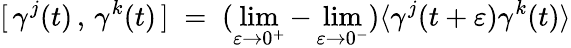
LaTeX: [\, \gamma^{j}(t)\, ,\, \gamma^{k}(t)\, ]\; =\; (\operatorname*{lim}_{\varepsilon\to 0^{+}}-\operatorname*{lim}_{\varepsilon\to 0^{-}})\langle\gamma^{j}(t+\varepsilon)\gamma^{k}(t)\rangle